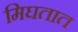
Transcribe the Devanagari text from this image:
मिघतात